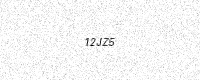
Text: 12JZ5